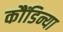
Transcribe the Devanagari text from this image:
कौंडिन्या